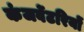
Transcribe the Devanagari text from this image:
कंजर्वेटरियों